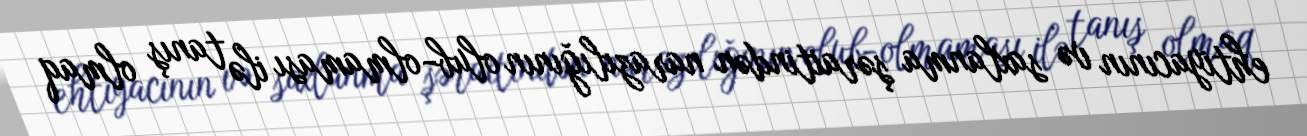
ehtiyacının və saxlanma şəraitindən narazılığının olub-olmaması ilə tanış olmaq